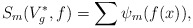
\begin{align*}S_m(V_g^*, f) = \sum \psi_m( f(x) ),\end{align*}